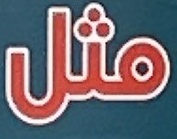
مثل